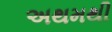
અથમથી